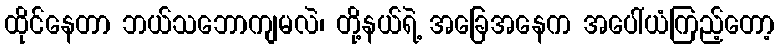
ထိုင်နေတာ ဘယ်သဘောကျမလဲ၊ တို့နယ်ရဲ့ အခြေအနေက အပေါ်ယံကြည့်တော့